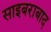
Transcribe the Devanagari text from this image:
साइबराबाद